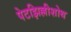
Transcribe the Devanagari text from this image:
पेटझिल्लीशोथ